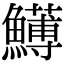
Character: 𩼬